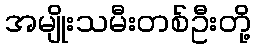
အမျိုးသမီးတစ်ဦးတို့